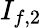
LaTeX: I_{f,2}